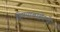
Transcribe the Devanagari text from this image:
विषयाबाहेरचे